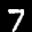
Label: 7